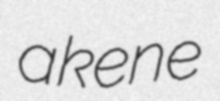
akene